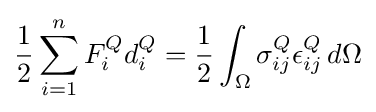
{\frac {1}{2}}\sum _{i=1}^{n}F_{i}^{Q}d_{i}^{Q}={\frac {1}{2}}\int _{\Omega }\sigma _{ij}^{Q}\epsilon _{ij}^{Q}\,d\Omega